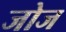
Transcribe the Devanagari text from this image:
जोज